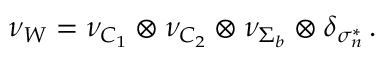
\nu _ { \boldsymbol { W } } = \nu _ { C _ { 1 } } \otimes \nu _ { C _ { 2 } } \otimes \nu _ { \Sigma _ { b } } \otimes \delta _ { \sigma _ { n } ^ { * } } \, .